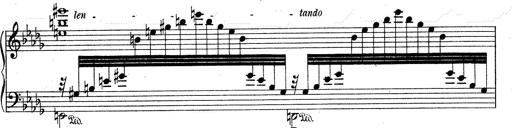
Title: 3 Ã‰tudes de concert
Composer: Franz Liszt